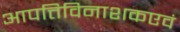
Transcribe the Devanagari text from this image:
आपत्तिविनाशकएवं